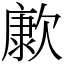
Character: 㱂